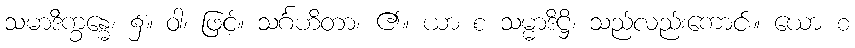
သမာဒိက္ခန္ဓေ၊ ၌။ ဝါ၊ ဖြင့်။ သင်္ဂဟိတာ၊ ၏။ ယာ စ သမ္မာဒိဋ္ဌိ၊ သည်လည်းကောင်း။ ယော စ